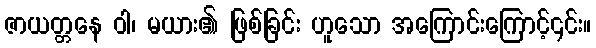
ဇာယတ္တနေ ဝါ၊ မယား၏ ဖြစ်ခြင်း ဟူသော အကြောင်းကြောင့်၎င်း။